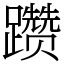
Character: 躜